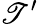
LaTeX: \mathscr{T}^{\prime}